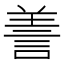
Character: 𦎍